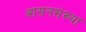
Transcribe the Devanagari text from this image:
आसनसंख्या